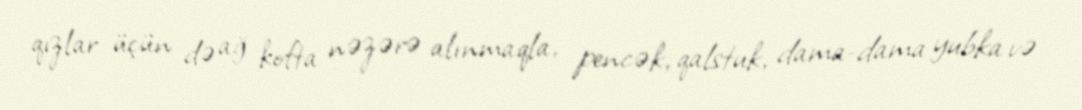
qızlar üçün də ağ kofta nəzərə alınmaqla, pencək, qalstuk, dama-dama yubka və